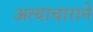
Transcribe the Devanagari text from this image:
अत्याचाराने